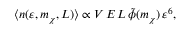
\langle n ( \varepsilon , m _ { \chi } , L ) \rangle \propto V \, E \, L \, \tilde { \phi } ( m _ { \chi } ) \, \varepsilon ^ { 6 } ,